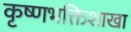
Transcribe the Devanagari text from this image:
कृष्णभक्तिशाखा